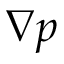
\nabla p